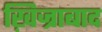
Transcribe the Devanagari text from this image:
ख़िज्राबाद